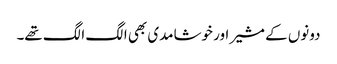
دونوں کے مشیر اور خوشامدی بھی الگ الگ تھے۔